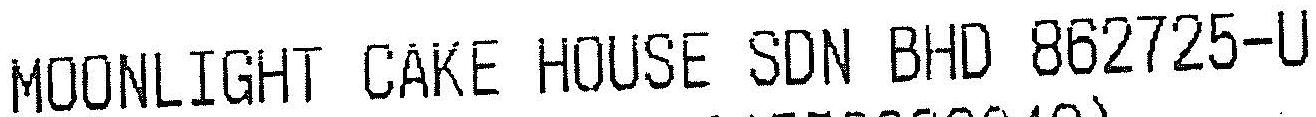
MOONLIGHT CAKE HOUSE SDN BHD 862725-U